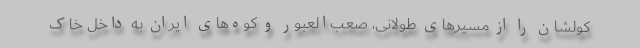
کولشان را از مسیرهای طولانی، صعب‌العبور و کوه‌های ایران به داخل خاک